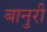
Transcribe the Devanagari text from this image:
बानुरी